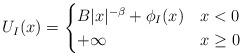
LaTeX: \begin{align*}U_I(x)= \begin{cases}B |x|^{-\beta} + \phi_I(x) & x < 0\\+ \infty & x\geq 0\end{cases} \end{align*}